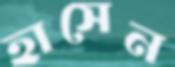
হাসেন